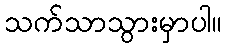
သက်သာသွားမှာပါ။